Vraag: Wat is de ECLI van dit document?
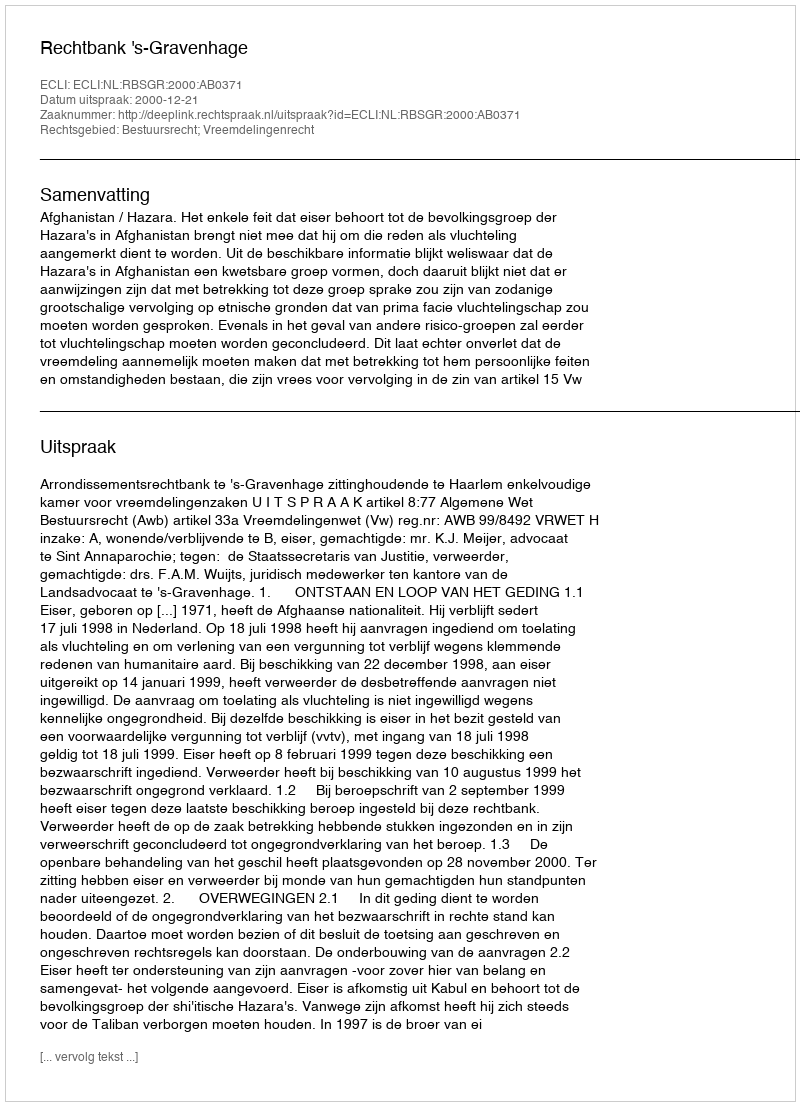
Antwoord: ECLI:NL:RBSGR:2000:AB0371